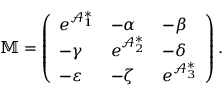
\mathbb { M } = \left( \begin{array} { l l l } { e ^ { \mathcal { A } _ { 1 } ^ { \ast } } } & { - \alpha } & { - \beta } \\ { - \gamma } & { e ^ { \mathcal { A } _ { 2 } ^ { \ast } } } & { - \delta } \\ { - \varepsilon } & { - \zeta } & { e ^ { \mathcal { A } _ { 3 } ^ { \ast } } } \end{array} \right) .